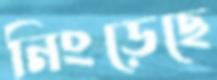
নিংড়েছে